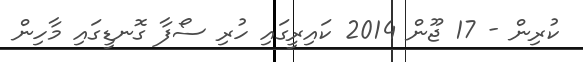
ކުރިން - 17 ޖޫން 2014 ކައިރީގައި ހުރި ސޯފާ ގޮނޑީގައި މާހިން